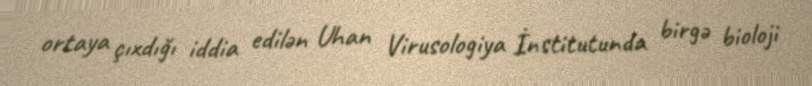
ortaya çıxdığı iddia edilən Uhan Virusologiya İnstitutunda birgə bioloji